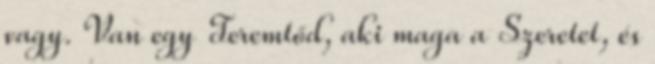
vagy. Van egy Teremtőd, aki maga a Szeretet, és